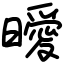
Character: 曖